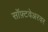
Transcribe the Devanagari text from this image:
सॉफ़्टवेअरवर